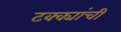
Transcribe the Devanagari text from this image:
टक्क्यांची